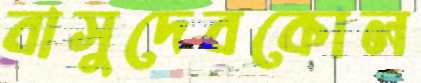
বাসুদেবকোল